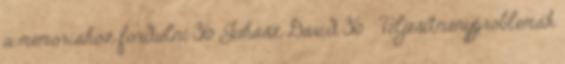
a memóriához fordulni 36 Juhász Dávid 36 Teljesítményproblémák